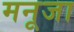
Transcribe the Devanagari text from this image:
मनूजा